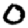
Digit: 0